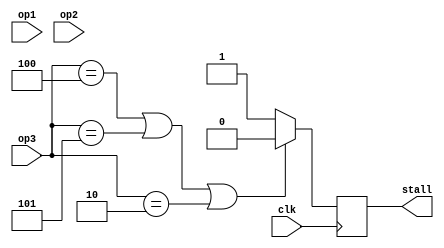
module Controlstall(clk,op1,op2,op3,stall);
input [5:0]op1,op2,op3;
input clk;
output reg stall;
initial begin
stall=1'b1;
end
always @(posedge clk)begin


if(op1==6'b000100 | op1==6'b000101 | op1==6'b000010)begin// beq or bne or j
stall=1'b0;
end
if(op2==6'b000100 | op2==6'b000101 | op2==6'b000010)begin// beq or bne or j
stall=1'b0;
end
if(op3==6'b000100 | op3==6'b000101 | op3==6'b000010)begin// beq or bne or j
stall=1'b0;
end
else begin
stall=1'b1;
end

end


endmodule

module nopSet(clk,s1,s2,oldF,oldD,newF,newD);
input clk,s1,s2;
input [31:0] oldF,oldD;
output reg[31:0]newD,newF;

initial begin
end
always @(posedge clk)begin
if(s1==1'b0 && s2==1'b0)begin
newF=32'b0;
newD=32'b0;
end
else if(s1==1'b0 && s2==1'b1)begin
newD=32'b0;
end
else if(s1==1'b1 && s2==1'b0)begin
newF=32'b0;
end
else
begin
newD=oldD;
newF=oldF;
end
end
endmodule